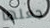
جعلها